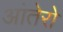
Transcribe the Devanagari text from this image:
आंतेरो